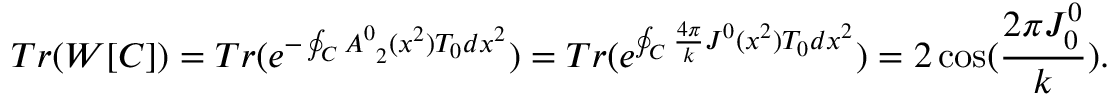
T r ( W [ { \cal C } ] ) = T r ( e ^ { - \oint _ { \cal C } A _ { \ 2 } ^ { 0 } ( x ^ { 2 } ) T _ { 0 } d x ^ { 2 } } ) = T r ( e ^ { \oint _ { \cal C } \frac { 4 \pi } { k } J ^ { 0 } ( x ^ { 2 } ) T _ { 0 } d x ^ { 2 } } ) = 2 \cos ( { \frac { 2 \pi J _ { 0 } ^ { 0 } } { k } } ) .